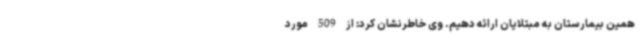
همین بیمارستان به مبتلایان ارائه دهیم. وی خاطرنشان کرد: از 509 مورد